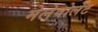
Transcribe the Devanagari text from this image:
मेलेवोलेंट